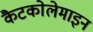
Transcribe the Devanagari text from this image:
कैटकोलेमाइन